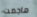
هاجمت